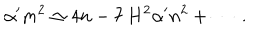
LaTeX: \alpha ^ { \prime } m ^ { 2 } \simeq 4 n - 7 \, H ^ { 2 } \alpha ^ { \prime } n ^ { 2 } + \cdots \; .